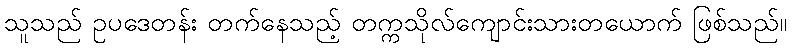
သူသည် ဥပဒေတန်း တက်နေသည့် တက္ကသိုလ်ကျောင်းသားတယောက် ဖြစ်သည်။